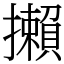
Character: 攋